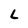
Character: L